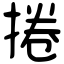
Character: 捲